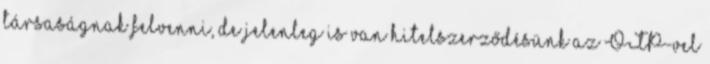
társaságnak felvenni, de jelenleg is van hitelszerződésünk az OTP-vel